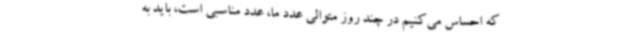
که احساس می‌کنیم در چند روز متوالی عدد ما، عدد مناسبی است، باید به